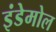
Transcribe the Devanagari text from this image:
इंडेमोल